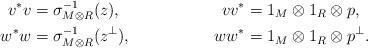
LaTeX: \begin{align*}v^*v &= \sigma_{M\otimes R}^{-1}(z), & vv^* &= 1_M \otimes 1_R \otimes p, \\ w^*w &= \sigma_{M\otimes R}^{-1}(z^{\perp}),& ww^* &= 1_M \otimes 1_R \otimes p^{\perp}.\end{align*}